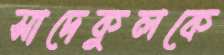
সাদেকুলকে